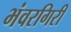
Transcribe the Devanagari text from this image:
भंवरगिरी